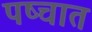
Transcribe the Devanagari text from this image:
पष्चात